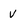
Character: v